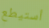
أستيطع